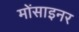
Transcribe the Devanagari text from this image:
मोंसाइनर